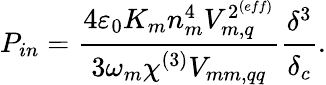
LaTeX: P_{in}=\cfrac{4\varepsilon_{0}K_{m}n_{m}^{4}V_{m,q}^{2^{{(eff)}}}}{3\omega_{m}\chi^{(3)}V_{mm,qq}}\cfrac{\delta^{3}}{\delta_{c}}.